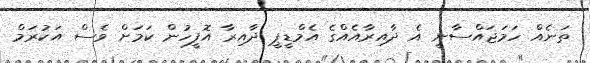
ތަނެއް ހަމަޖައްސާނީ އެ ދާއިރާއެއްގެ އެމްޑީޕީ ދާއިރާ އޮފީހުން ކަމަށް ވެސް އަކުރަމް